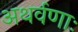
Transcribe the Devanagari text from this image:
अथर्वणाः